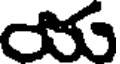
య